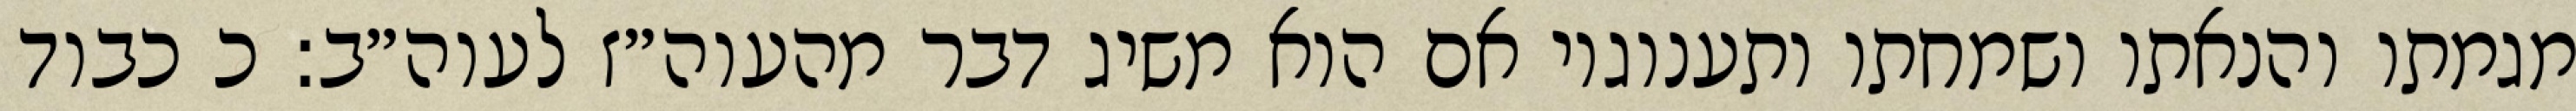
מגמתו והנאתו ושמחתו ותענוגיו אם הוא משיג דבר מהעוה״ז לעוה״ב: כ כבוד